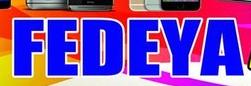
fedeya